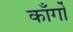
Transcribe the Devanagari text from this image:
काँर्गो